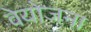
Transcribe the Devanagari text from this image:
वेयोजना